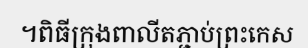
។ពិធីក្រុងពាលីតភ្ជាប់ព្រះកេស